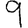
Digit: 9